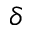
\delta